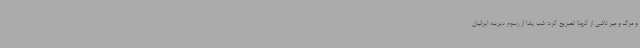
و مرگ و میر ناشی از کرونا تصریح کرد: شب یلدا از رسوم دیرینه ایرانیان